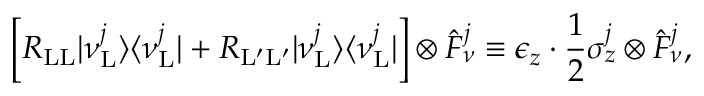
\Big [ R _ { \mathrm { L L } } | \nu _ { \mathrm { L } } ^ { j } \rangle \langle \nu _ { \mathrm { L } } ^ { j } | + R _ { \mathrm { L } ^ { \prime } \mathrm { L } ^ { \prime } } | \nu _ { \mathrm { L } } ^ { j } \rangle \langle \nu _ { \mathrm { L } } ^ { j } | \Big ] \otimes \hat { F } _ { \nu } ^ { j } \equiv \epsilon _ { z } \cdot \frac { 1 } { 2 } \sigma _ { z } ^ { j } \otimes \hat { F } _ { \nu } ^ { j } ,